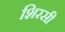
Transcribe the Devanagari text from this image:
शिरसी